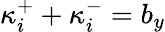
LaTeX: \kappa_{i}^{+}+\kappa_{i}^{-}=b_{y}